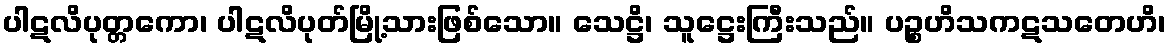
ပါဋလိပုတ္တကော၊ ပါဋလိပုတ်မြို့သားဖြစ်သော။ သေဋ္ဌိ၊ သူဋ္ဌေးကြီးသည်။ ပဉ္စဟိသကဋသတေဟိ၊